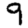
Digit: 9